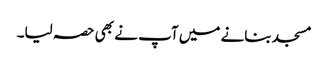
مسجد بنانے میں آپ نے بھی حصہ لیا۔